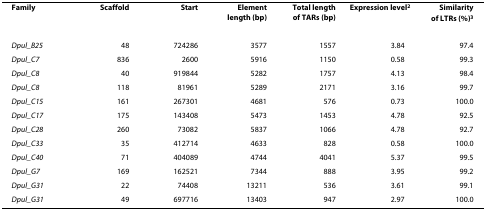
| Family | Scaffold | Start | Elementlength (bp) | Total lengthof TARs (bp) | Expression level2 | Similarityof LTRs (%)3 |
 | --- | --- | --- | --- | --- | --- | --- |
 | Dpul_B25 | 48 | 724286 | 3577 | 1557 | 3.84 | 97.4 |
 | Dpul_C7 | 836 | 2600 | 5916 | 1150 | 0.58 | 99.3 |
 | Dpul_C8 | 40 | 919844 | 5282 | 1757 | 4.13 | 98.4 |
 | Dpul_C8 | 118 | 81961 | 5289 | 2171 | 3.16 | 99.7 |
 | Dpul_C15 | 161 | 267301 | 4681 | 576 | 0.73 | 100.0 |
 | Dpul_C17 | 175 | 143408 | 5473 | 1453 | 4.78 | 92.5 |
 | Dpul_C28 | 260 | 73082 | 5837 | 1066 | 4.78 | 92.7 |
 | Dpul_C33 | 35 | 412714 | 4633 | 828 | 0.58 | 100.0 |
 | Dpul_C40 | 71 | 404089 | 4744 | 4041 | 5.37 | 99.5 |
 | Dpul_G7 | 169 | 162521 | 7344 | 888 | 3.95 | 99.2 |
 | Dpul_G31 | 22 | 74408 | 13211 | 536 | 3.61 | 99.1 |
 | Dpul_G31 | 49 | 697716 | 13403 | 947 | 2.97 | 100.0 |